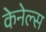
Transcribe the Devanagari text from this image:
केनेल्स